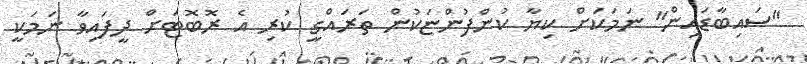
"ސައިބާޑައިން" ނަމަކަށް ކިޔާ ކުންފުންޏަކުން ތަރައްގީ ކުރި އެ ރޮބޮޓަށް ދީފައިވާ ނަމަކީ